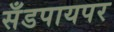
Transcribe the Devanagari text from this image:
सँडपायपर